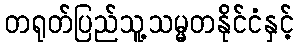
တရုတ်ပြည်သူ့သမ္မတနိုင်ငံနှင့်